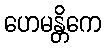
ဟေမန္တိကေ